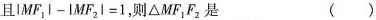
且$$|MF_{1}|-|MF_{2}l=1$$，则\triangle MF_{1}F_{2}是 （）